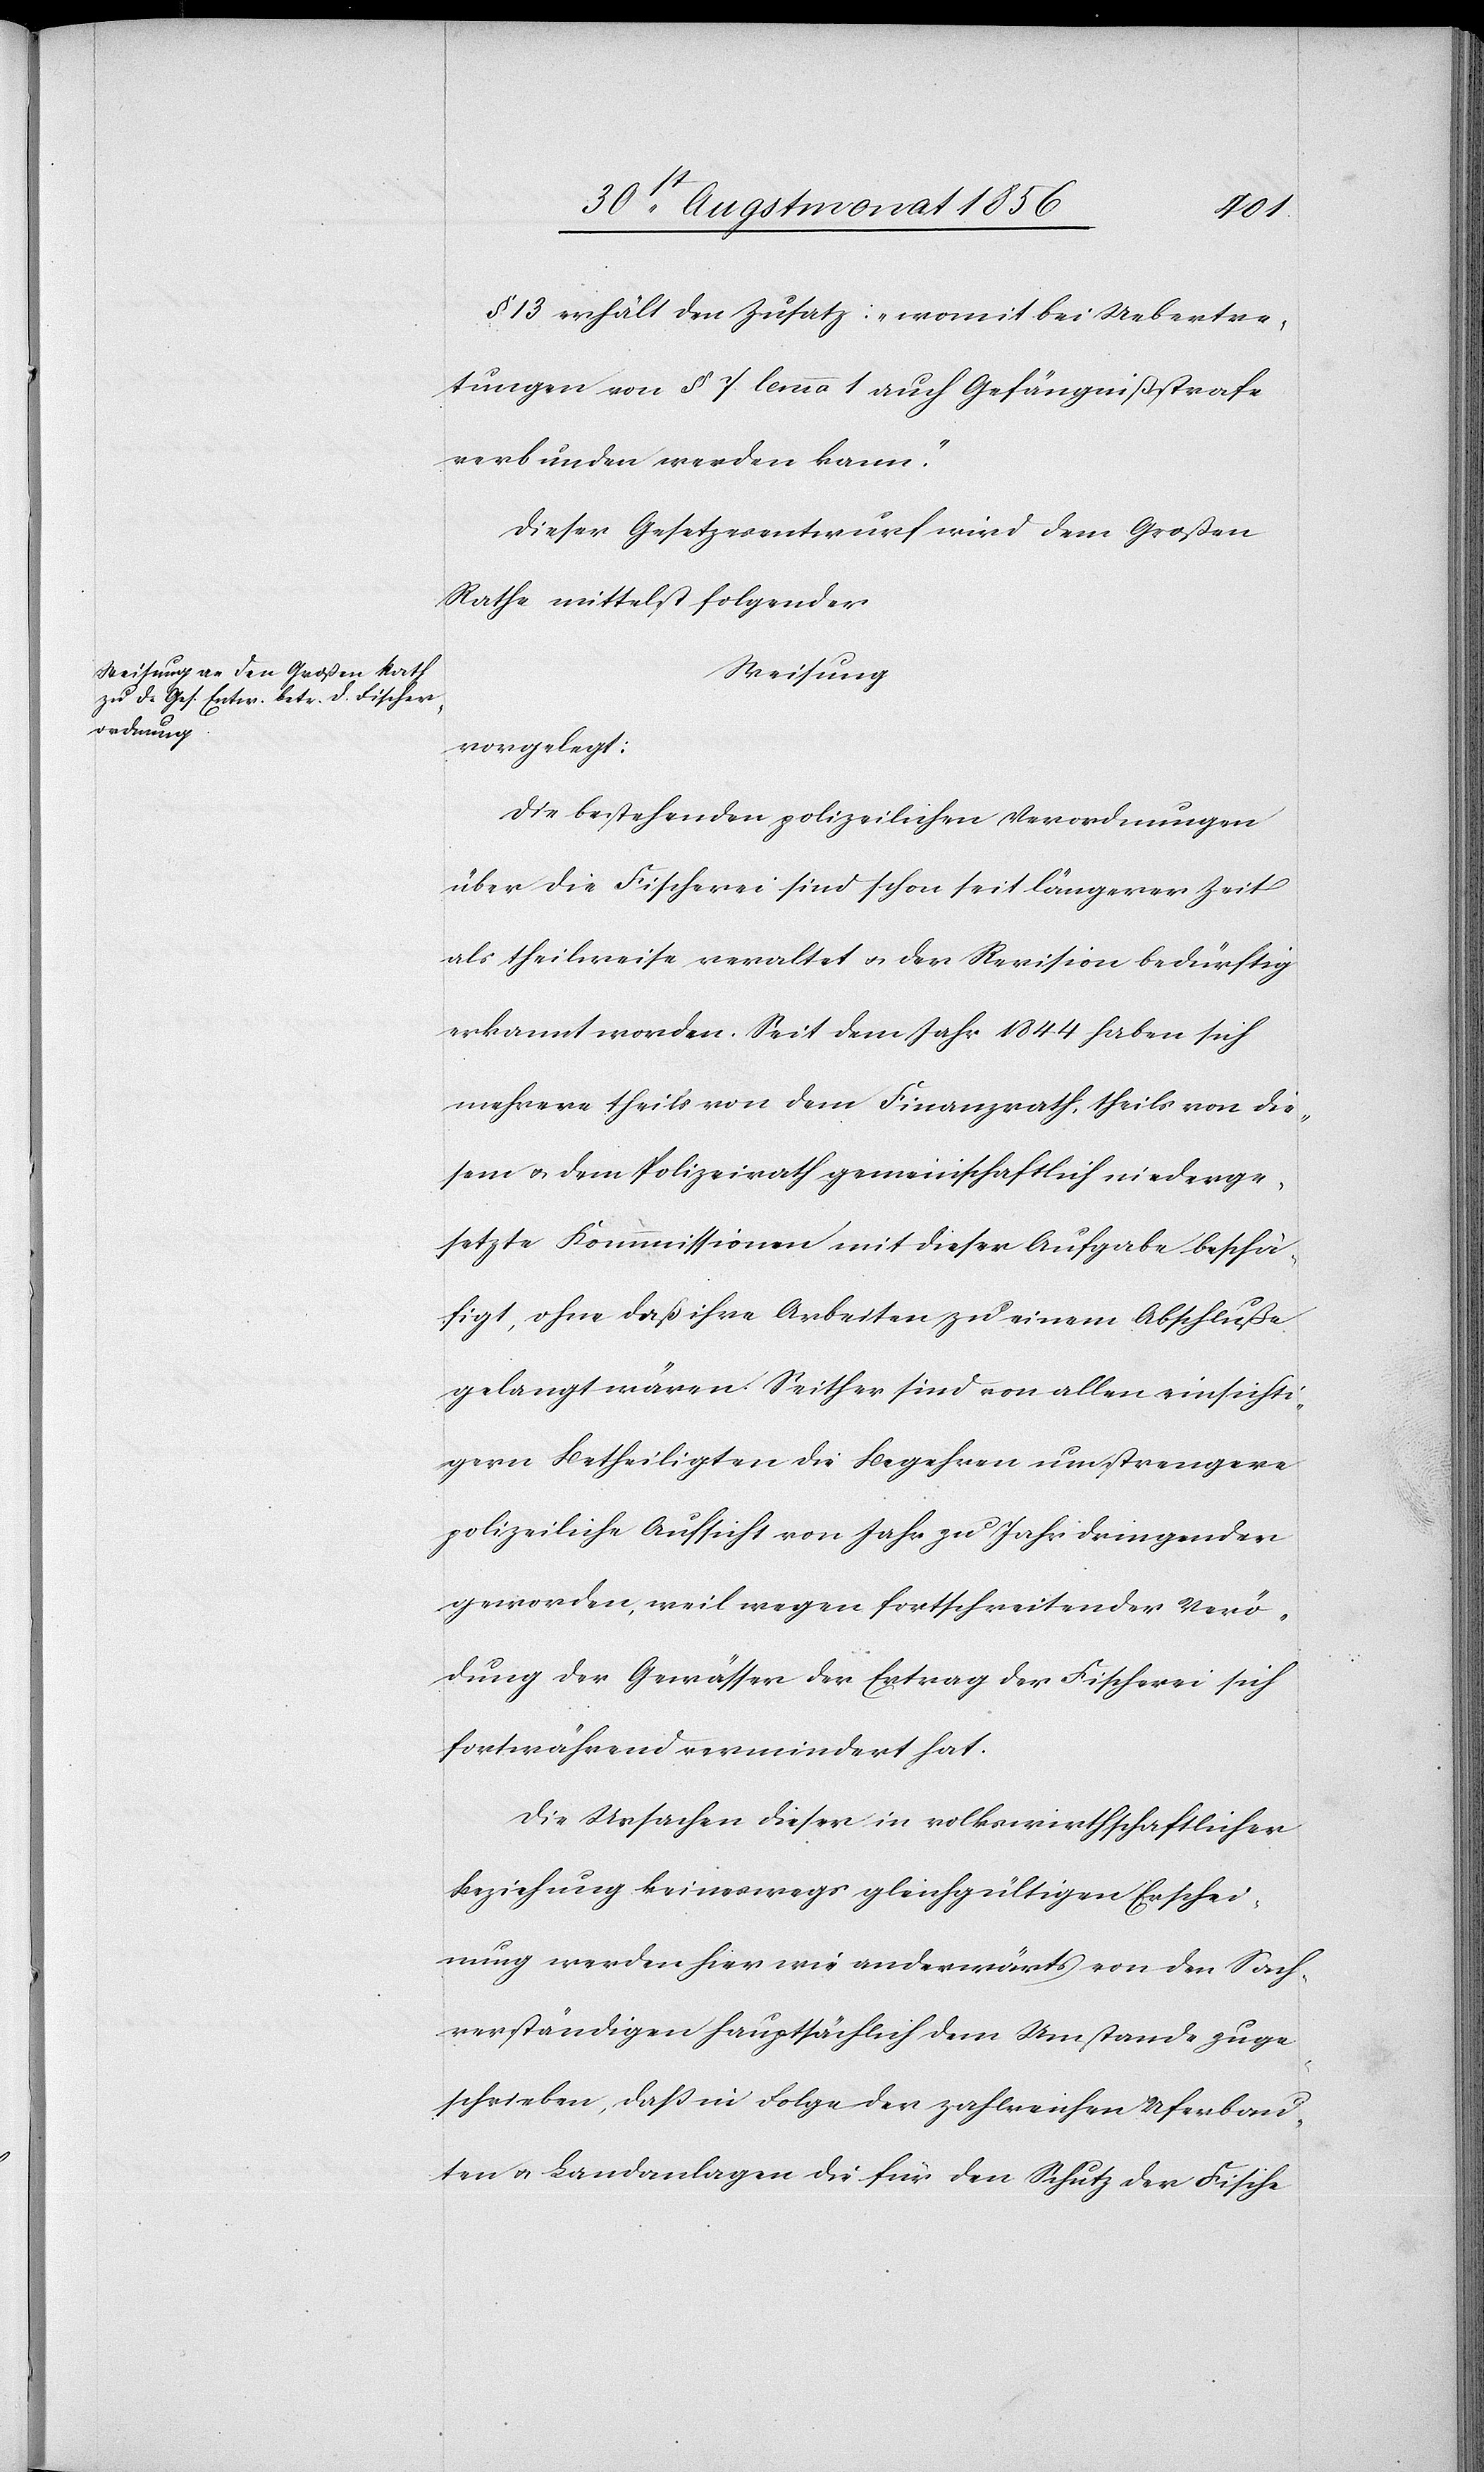
figt
§ 13 erhält den Zusatz:„womit bei Uebertre¬
tungen von § 7 lemma 1 auch Gefängnißstrafe
verbunden werden kann.”
Dieser Gesetzesentwurf wird dem Großen
Rathe mittelst folgender
Weisung
vorgelegt:
Die bestehenden polizeilichen Verordnungen
über die Fischerei sind schon seit längerer Zeit
als theilweise veraltet u. der Revision bedürftig
erkannt worden. Seit dem Jahr 1844 haben sich
mehrere theils von dem Finanzrath, theils von die¬
sem u. dem Polizeirath gemeinschaftlich niederge¬
setzte Kommmissionen [sic!] mit dieser Aufgabe beschä¬
[sic!], ohne daß ihre Arbeiten zu einem Abschluße
gelangt wären. Seither sind von allen einsichti¬
gern Betheiligten die Begehren um strengere
polizeiliche Aufsicht von Jahr zu Jahr dringender
geworden, weil wegen fortschreitender Verö¬
dung der Gewässer der Ertrag der Fischerei sich
fortwährend vermindert hat.
Die Ursachen dieser in volkswirthschaftlicher
Beziehung keineswegs gleichgültigen Erschei¬
nung werden hier wie anderwärts von den Sach¬
verständigen hauptsächlich dem Umstande zuge¬
schrieben, dass in Folge der zahlreichen Uferbau¬
ten u. Landanlagen die für den Schutz der Fische